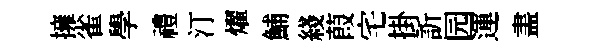
擁雀學禮汀燿鯆綫葭宅掛訢园運𥁞